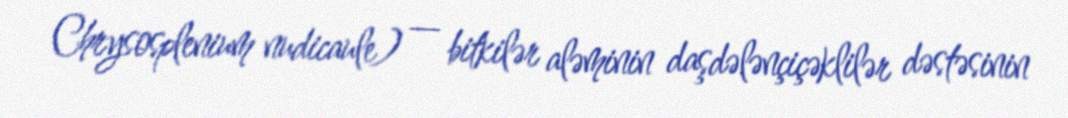
Chrysosplenium nudicaule) — bitkilər aləminin daşdələnçiçəklilər dəstəsinin